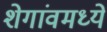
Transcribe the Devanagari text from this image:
शेगांवमध्ये